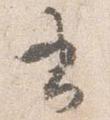
書